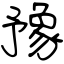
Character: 豫